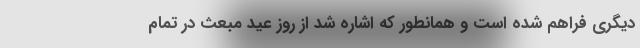
دیگری فراهم شده است و همانطور که اشاره شد از روز عید مبعث در تمام